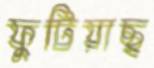
ফুটিয়াছ